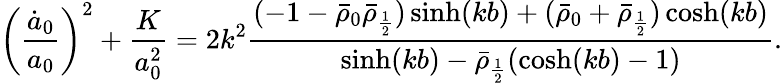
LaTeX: \left(\frac{\dot{a}_{0}}{a_{0}}\right)^{2}+\frac{K}{a_{0}^{2}}=2k^{2}\frac{(-1-\bar{\rho}_{0}\bar{\rho}_{\frac 12})\sinh(kb)+(\bar{\rho}_{0}+\bar{\rho}_{\frac 12})\cosh(kb)}{\sinh(kb)-\bar{\rho}_{\frac 12}(\cosh(kb)-1)}.